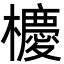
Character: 櫦